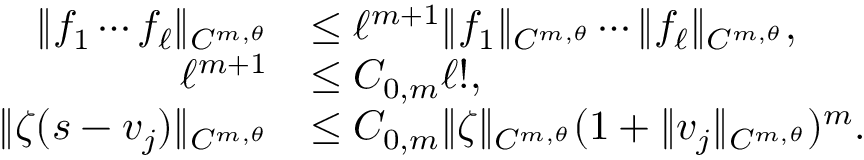
\begin{array} { r l } { \Vert f _ { 1 } \cdots f _ { \ell } \Vert _ { C ^ { m , \theta } } } & { \leq \ell ^ { m + 1 } \Vert f _ { 1 } \Vert _ { C ^ { m , \theta } } \cdots \Vert f _ { \ell } \Vert _ { C ^ { m , \theta } } , } \\ { \ell ^ { m + 1 } } & { \leq C _ { 0 , m } \ell ! , } \\ { \Vert \zeta ( s - v _ { j } ) \Vert _ { C ^ { m , \theta } } } & { \leq C _ { 0 , m } \Vert \zeta \Vert _ { C ^ { m , \theta } } ( 1 + \Vert v _ { j } \Vert _ { C ^ { m , \theta } } ) ^ { m } . } \end{array}